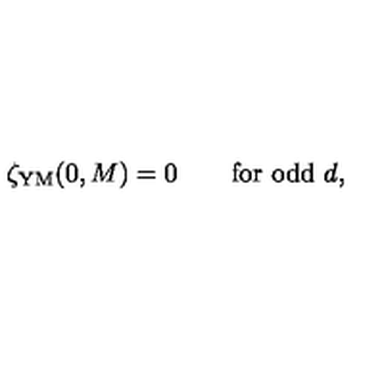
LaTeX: \zeta _ { \mathrm { Y M } } ( 0 , M ) = 0 \qquad \mathrm { f o r \ o d d \ } d ,